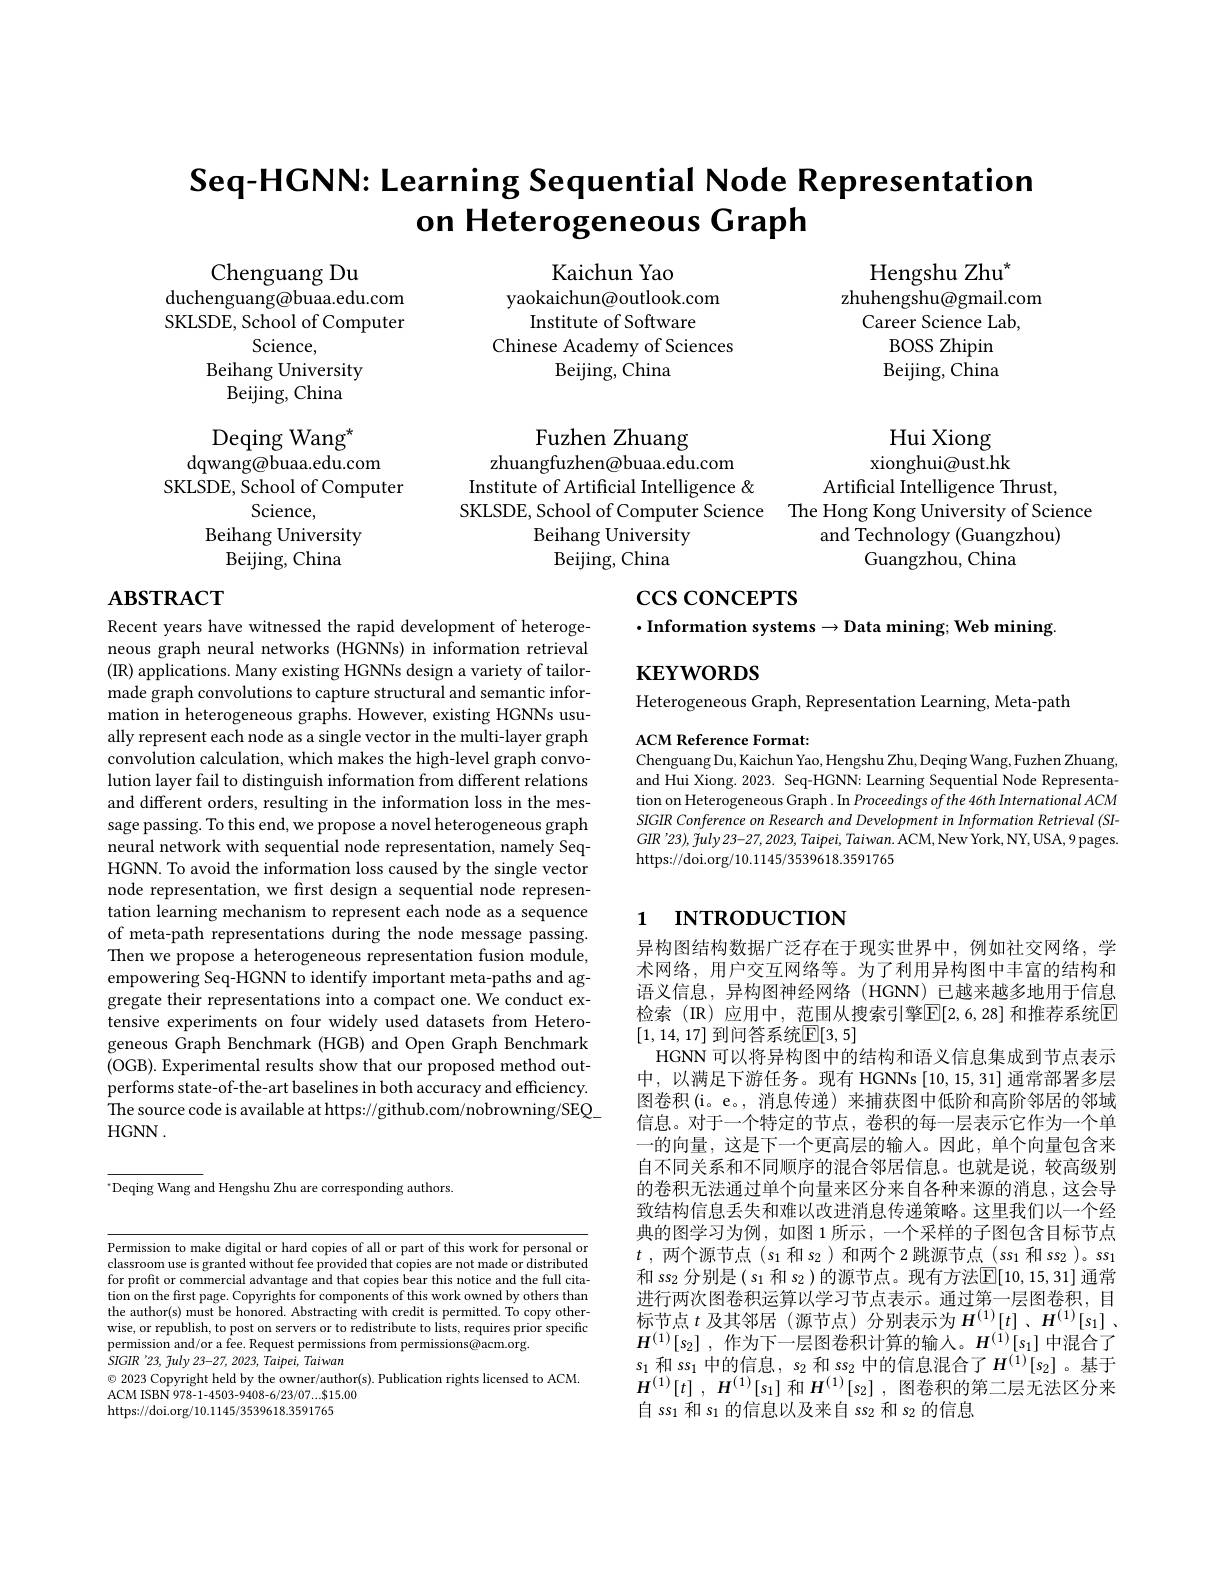
# Seq-HGNN: Learning Sequential Node Representation on Heterogeneous Graph

Kaichun Yao
yaokaichun@outlook.com
Institute of Software
Chinese Academy of Sciences
Beijing, China

Hengshu Zhu$^{*}$
zhuhengshu@gmail.com
Career Science Lab,
BOSS Zhipin Beijing, China

Hui Xiong xionghui@ust.hk
Artificial Intelligence Thrust,
The Hong Kong University of Science
and Technology (Guangzhou)
Guangzhou, China

Chenguang Du
duchenguang@buaa.edu.com SKLSDE, School of Computer
Science,
Beihang University
Beijing, China Deqing Wan$g^*$
dqwang@buaa.edu.com
SKLSDE, School of Computer
Science,
Beihang University
Beijing, China

Fuzhen Zhuang
zhuangfuzhen@buaa.edu.com
Institute of Artificial Intelligence & SKLSDE, School of Computer Science
Beihang University
Beijing, China

$\csc\csc$coNCEPTS

# $\mathbf{ABSTRACT}$

$\cdot$Information systems$\to$Data mining; Web mining.

$\mathbf{KEYWORDS}$

Heterogeneous Graph, Representation Learning, Meta-path

ACM Reference Format:
Chenguang Du, Kaichun Yao, Hengshu Zhu, Deqing Wang, Fuzhen Zhuang, and Hui Xiong. 2023. Seq-HGNN: Learning Sequential Node Representation on Heterogeneous Graph . In Proceedings ofthe 46th International ACM SIGIR Conference on Research and Development in Information Retrieval (SI- $GIR^{\prime }23) , \tilde{f} uly23- 27, 2023, Taipei, Taiwan. \tilde{A} CM, \bar{\text{New York}} , \mathbf{N} Y, \mathbf{U}$SA,9pages. https://doi.org/10.1145/3539618.3591765

Recent years have witnessed the rapid development of heterogeneous graph neural networks (HGNNs) information retrieval (IR) applications. Many existing HGNNs design a variety of tailormade graph convolutions to capture structural and semantic information in heterogeneous graphs. However, existing HGNNs usually represent each node as a single vector in the multi-layer graph convolution calculation, which makes the high-level graph convolution layer fail to distinguish information from different relations and different orders, resulting in the information loss in the message passing. To this end, we propose a novel heterogeneous graph neural network with sequential node representation, namely SeqHGNN. To avoid the information loss caused by the single vector node representation, we frst design a sequential node representation learning mechanism to represent each node as a sequence of meta-path representations during the node message passing. Then we propose a heterogeneous representation fusion module, empowering Seq-HGNN to identify important meta-paths and aggregate their representations into a compact one. We conduct extensive experiments on four widely used datasets from Heterogeneous Graph Benchmark (HGB) and Open Graph Benchmark (OGB). Experimental results show that our proposed method outperforms state-of-the-art baselines in both accuracy and efficiency. The source code is available at https://github.com/nobrowning/SEQHGNN.

# 1 INTRODUCTION

异构图结构数据广泛存在于现实世界中，例如社交网络，学术网络，用户交互网络等。为了利用异构图中丰富的结构和语义信息，异构图神经网络(HGNN)已越来越多地用于信息检索(IR)应用中，范围从搜索引擎$\overline{\mathbb{E}}[2,6,28]$ 和推荐系统$\overline{\mathbb{E}}$ [1,14,17] 到问答系统$\mathbb{E}[3,5]$
HGNN 可以将异构图中的结构和语义信息集成到节点表示中，以满足下游任务。现有 HGNNs[10,15,31] 通常部署多层图卷积(i。e。, 消息传递) 来捕获图中低阶和高阶邻居的邻域信息。对于一个特定的节点，卷积的每一层表示它作为一个单一的向量，这是下一个更高层的输入。因此，单个向量包含来自不同关系和不同顺序的混合邻居信息。也就是说，较高级别的卷积无法通过单个向量来区分来自各种来源的消息，这会导致结构信息丢失和难以改进消息传递策略。这里我们以一个经典的图学习为例，如图 1 所示，一个采样的子图包含目标节点$t$ , 两个源节点$(s_1$和$s_2$ )和两个 2 跳源节点$(ss_1$和$ss_2$ )。ss$_1$ 和 ss$_2$分别是$(s_1$和$s_2)$的源节点。现有方法$\mathbb{E}[10,15,31]$通常进行两次图卷积运算以学习节点表示。通过第一层图卷积，目标节点$t$及其邻居 (源节点)分别表示为$H^{( 1) }[ t] , H^{( 1) }[ s_{1}]$ . $H^{( 1) }[ s_2]$ ,作为下一层图卷积计算的输人。$H^{(1)}[s_1]$ 中混合了$s_1$和$ss_1$中的信息，$s_2$ 和 $ss_2$ 中的信息混合了$H^(1)[s_2]$。基于$H^{( 1) }[ t]$ , $H^{( 1) }[ s_{1}]$和$H^{( 1) }[ s_{2}]$ ,图卷积的第二层无法区分来自 ss$_1$和$s_1$的信息以及来自 s$s_2$和$s_2$的信息

$^{*}$Deqing Wang and Hengshu Zhu are corresponding authors.

Permission to make digital or hard copies of all or part of this work for personal or classroom use is granted without fee provided that copies are not made or distributed for profit or commercial advantage and that copies bear this notice and the full citation on the first page. Copyrights for components of this work owned by others than the author(s) must be honored. Abstracting with credit is permitted. To copy otherwise, or republish, to post on servers or to redistribute to lists, requires prior specific permission and/or a fee. Request permissions from permissions@acm.org.
$SIGIR~'23,~fuly~23-27,~2023,~Taipei,~Taiwan$
$\odot$ 2023 Copyright held by the owner/author(s). Publication rights licensed to ACM.
ACM ISBN 978-1-4503-9408-6/23/07...$15.00
https://doi.org/10.1145/3539618.3591765